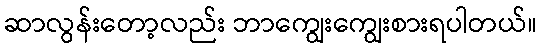
ဆာလွန်းတော့လည်း ဘာကျွေးကျွေးစားရပါတယ်။